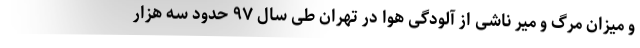
و میزان مرگ و میر ناشی از آلودگی هوا در تهران طی سال ۹۷ حدود سه هزار